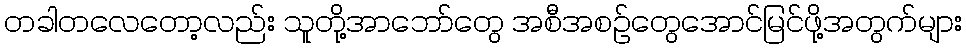
တခါတလေတော့လည်း သူတို့အာဘော်တွေ အစီအစဥ်တွေအောင်မြင်ဖို့အတွက်များ